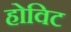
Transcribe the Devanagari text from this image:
होविट